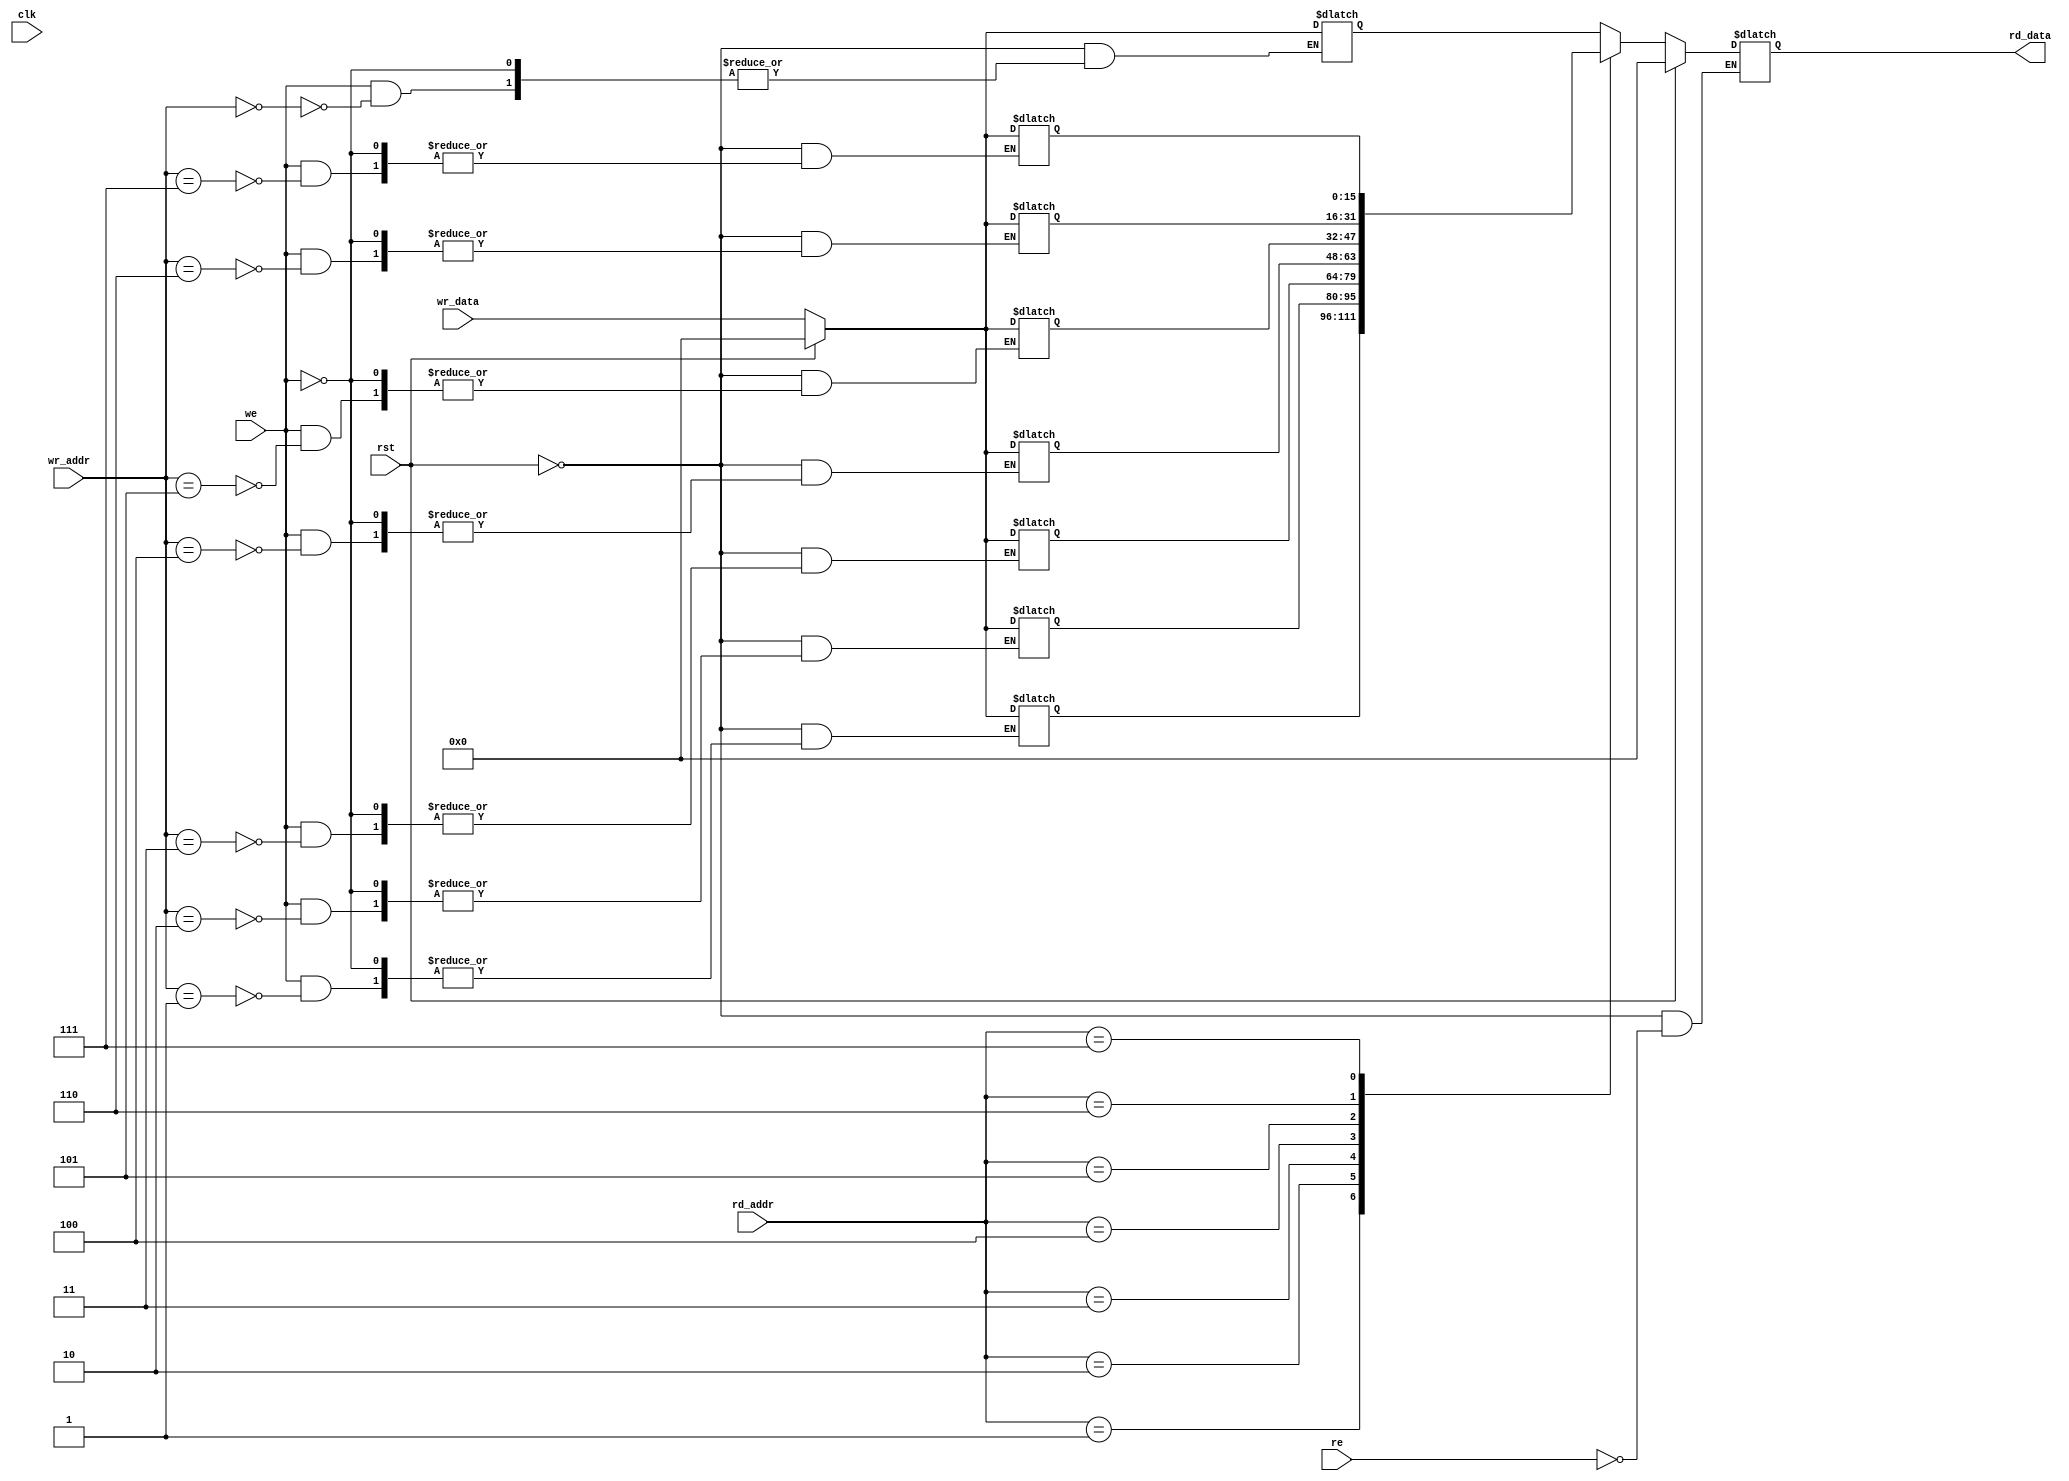
module dual_port_ram_asyn(clk,rst,wr_data,we,wr_addr,re,rd_addr,rd_data);

parameter
ADDRESS_DEPTH=8,
DATA_WIDTH=16,
ADDRESS_SIZE=3;

input clk,rst,we,re;
input [(DATA_WIDTH-1):0] wr_data;
input [(ADDRESS_SIZE-1):0] wr_addr, rd_addr;
output  reg [(DATA_WIDTH-1):0] rd_data;
integer i;


reg [(DATA_WIDTH-1):0] mem [(ADDRESS_DEPTH-1):0];


always@(*)
begin
if(rst)
begin
rd_data<=0;
for(i=0;i<ADDRESS_DEPTH;i=i+1)
mem[i]=0;
end
else
begin
if(we)
mem[wr_addr]<=wr_data;
if (re)
rd_data<=mem[rd_addr];
end
end

endmodule